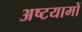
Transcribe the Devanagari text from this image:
अष्टयामों